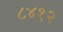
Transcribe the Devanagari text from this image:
८४१२